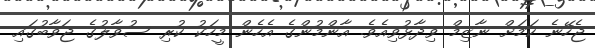
ޖެހޭނެ ކަމަށް ނާޒިމް ވިދާޅުވިއެވެ. އާންމުންގެ އެހެން މީހަކު ކުރި ސުވާލުގެ ޖަވާބުގައި